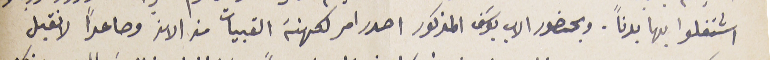
اشتغلوا بها بدناً. وبحضور الاب يوسَف المذكور اصدر امر لكهنة القبيات من الان وصاعداً لا نقبل